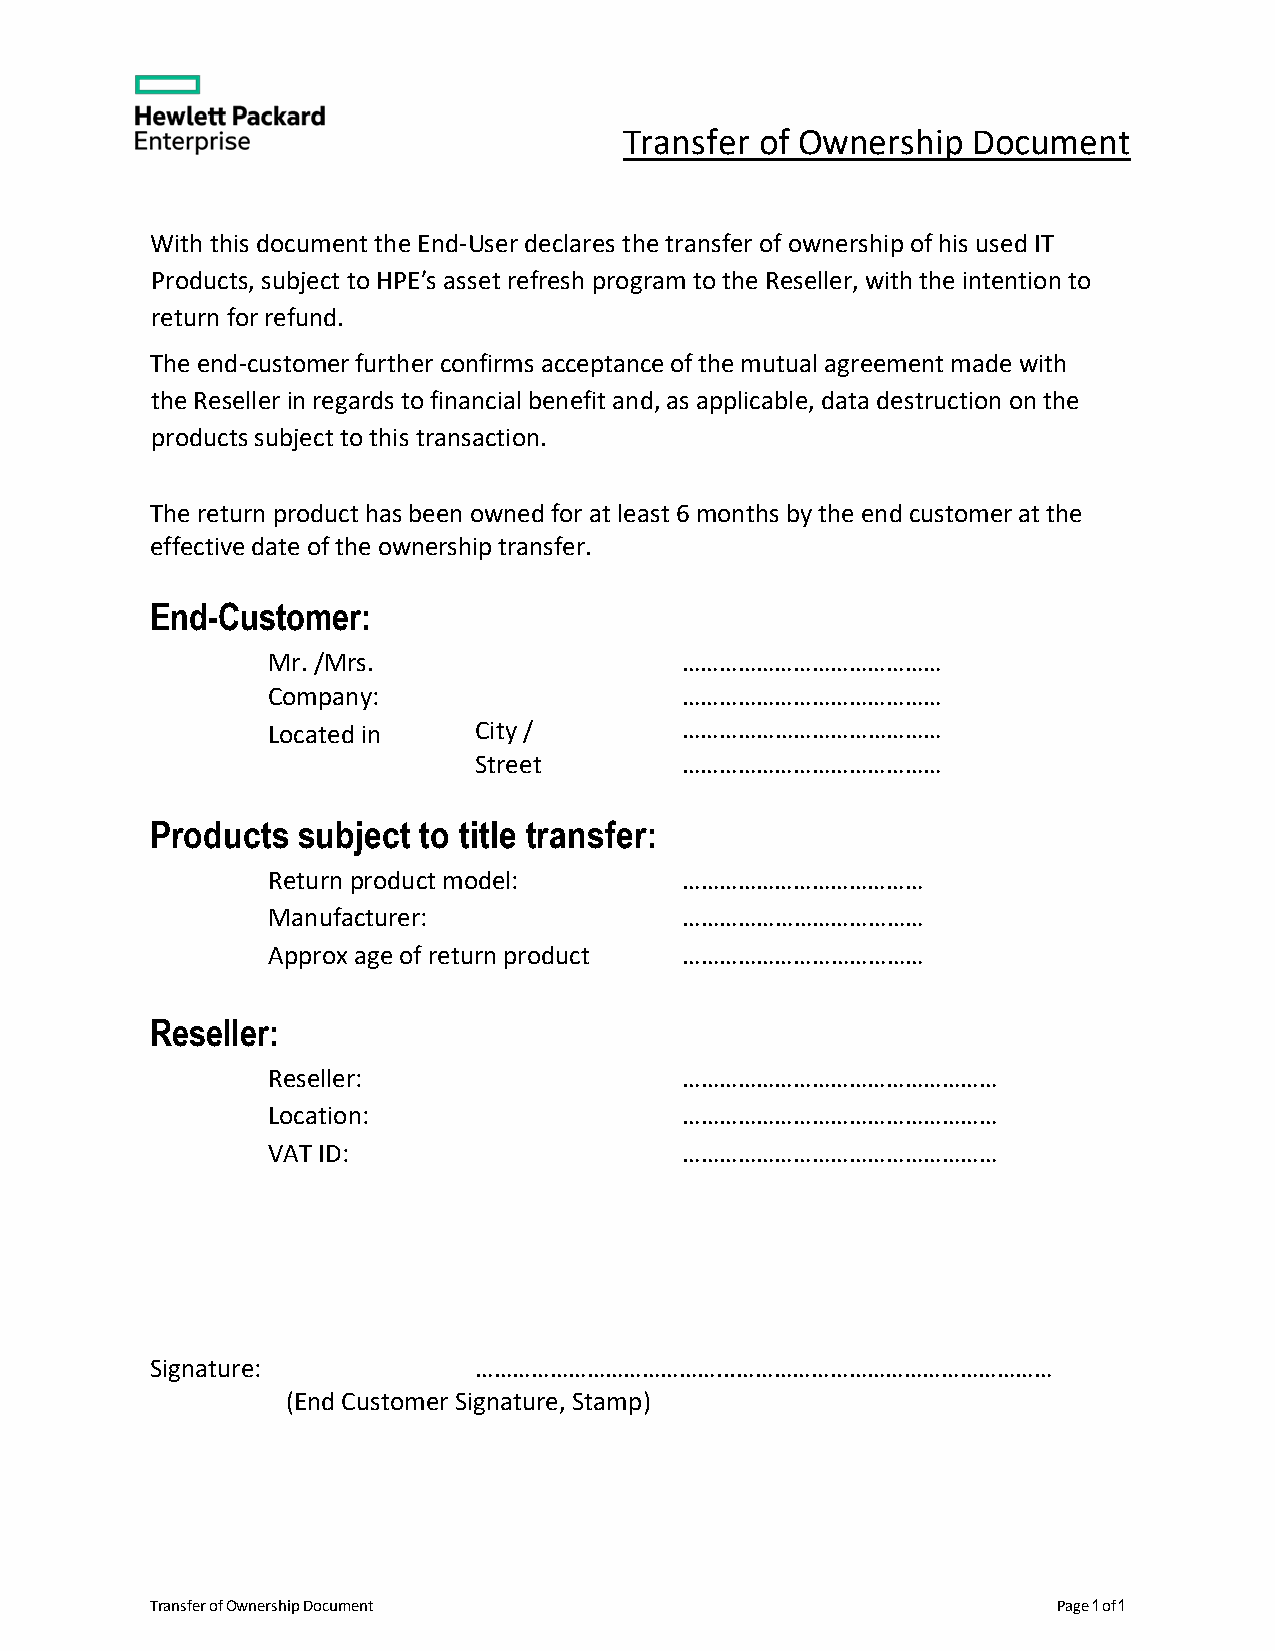
Transfer of Ownership  Document
 With this document the End-User declares the transfer of ownership of his used IT
 Products, subject to HPE’s asset refresh program to the Reseller, with the intention to
 return for refund.
 The end-customer further confirms acceptance of the mutual agreement made with
 the Reseller in regards to financial benefit and, as applicable, data destruction on the
 products subject to this transaction.
 The return product has been owned for at least 6 months by the end customer at the
 effective date of the ownership transfer.
 End-Customer:
 Mr. /Mrs.                  ……………………………………
 Company:                   ………………,… …………………………
 Located in   City /        ……………………………………
 Street        .… …………………………………
 :
 ……………… ……………………………
 Products  subject to title transfer: ………
 Return product model:      …………………………………
 Manufacturer:              …………………………………
 Approx age of return product …………………………………
 Reseller:
 Reseller:                  ……………………………………………
 Location:                  ……………………………………………
 VAT ID:                    ……………………………………………
 Signature:           …………………………………...……………………………………………
 (End Customer Signature, Stamp)
 Transfer of Ownership Document                              Page 1 of 1